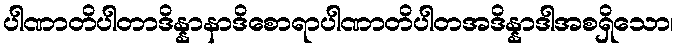
ပါဏာတိပါတာဒိန္နာနာဒိစောရာပါဏာတိပါတအဒိန္နာဒါအစရှိသော၊